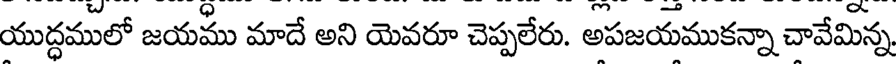
యుద్ధములో జయము మాదే అని యెవరూ చెప్పలేరు. అపజయముకన్నా చావేమిన్న